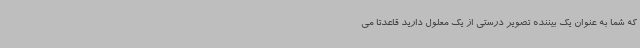
که شما به عنوان یک بیننده تصویر درستی از یک معلول دارید قاعدتا می